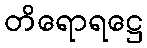
တိရောရဋ္ဌေ